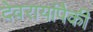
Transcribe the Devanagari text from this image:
देवरायांपैकी